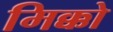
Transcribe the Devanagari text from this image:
मिक्को